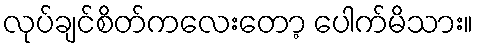
လုပ်ချင်စိတ်ကလေးတော့ ပေါက်မိသား။